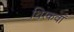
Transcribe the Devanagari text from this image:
थिरकवाँ